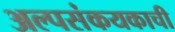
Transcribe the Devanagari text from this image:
अल्पसंकयकाची